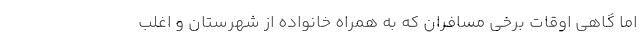
اما گاهی اوقات برخی مسافران که به همراه خانواده از شهرستان و اغلب